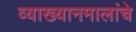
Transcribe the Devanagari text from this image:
व्याख्यानमालांचे